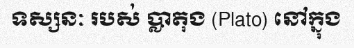
ទស្សនៈ របស់ ប្លាតុង (Plato) នៅក្នុង